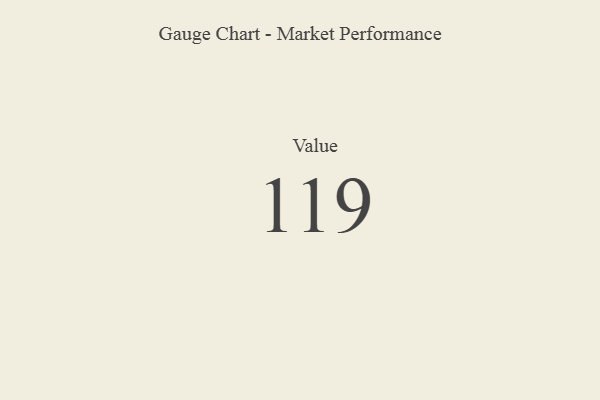
{"axis": {"x": "Metric", "y": "Value"}, "legend": [""], "data": [{"x": "Value", "y": 119, "type": ""}]}